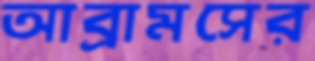
আব্রামসের